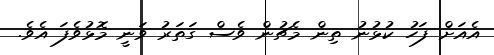
އެއަށް ފަހު ކުޅުނު ތިން މެޗުން ވެސް ގަތަރު ވަނީ މޮޅުވެފަ އެވެ.